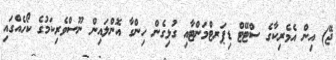
ޖޭ) އިން އެމެރިކާގެ ސްޓޭޓް ޑިޕަރޓްމަންޓާއި ގުޅިގެން ހިންގާ އޮންލައިން ނޫސްވެރިކަމުގެ ކޯހެއްގައި